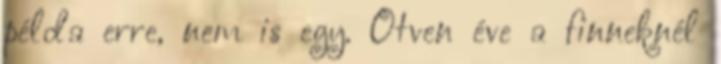
példa erre, nem is egy. Ötven éve a finneknél